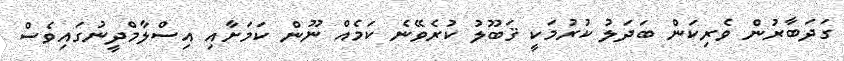
ގަދަބާރުން ވެރިކަން ބަދަލު ކުރުމަކީ ޤަބޫލު ކުރެވޭނެ ކަމެއް ނޫން ކަމަށާއި އިސްލާމްދީނުގައިވެސް